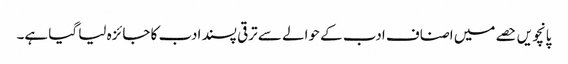
پانچویں حصے میں اصناف ادب کے حوالے سے ترقی پسند ادب کا جائزہ لیا گیا ہے۔